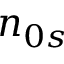
n _ { 0 s }